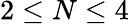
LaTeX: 2\leq N\leq 4